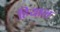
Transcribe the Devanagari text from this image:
हियाल